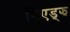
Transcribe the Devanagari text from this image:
मिएड्झ